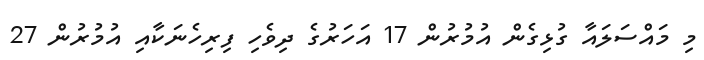
މި މައްސަލައާ ގުޅިގެން އުމުރުން 17 އަހަރުގެ ދިވެހި ފިރިހެނަކާއި އުމުރުން 27